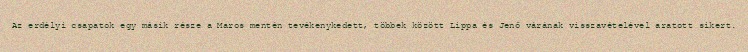
Az erdélyi csapatok egy másik része a Maros mentén tevékenykedett, többek között Lippa és Jenő várának visszavételével aratott sikert.